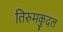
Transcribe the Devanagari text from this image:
तिरुमकुदल